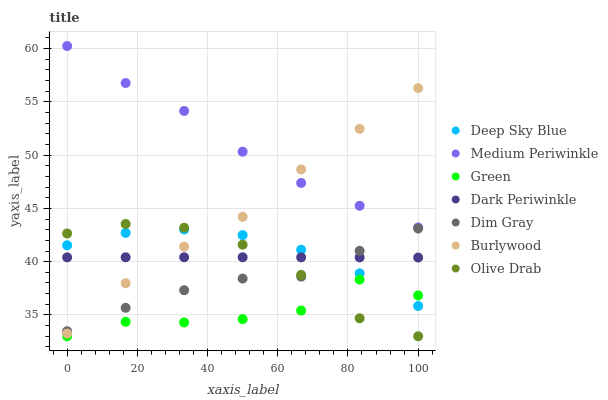
| xaxis_label | Deep Sky Blue | Medium Periwinkle | Green | Dark Periwinkle | Dim Gray | Burlywood | Olive Drab |
 | --- | --- | --- | --- | --- | --- | --- | --- |
 | 0 | 41.5 | 60.2 | 33 | 40.4 | 33.5 | 33.3 | 42.6 |
 | 16.7 | 42.7 | 56.8 | 34.4 | 40.4 | 35.7 | 38 | 43.5 |
 | 33.3 | 43 | 54.1 | 34.3 | 40.4 | 37.3 | 41.4 | 43.2 |
 | 50 | 42.5 | 50.3 | 34.6 | 40.4 | 38.4 | 44.2 | 41.6 |
 | 66.7 | 41.1 | 47.4 | 35.4 | 40.4 | 38.6 | 48.7 | 38.8 |
 | 83.3 | 38.9 | 45.2 | 38.3 | 40.4 | 41 | 52.5 | 34.7 |
 | 100 | 35.8 | 43.2 | 36.8 | 40.4 | 43.1 | 56.3 | 33 |